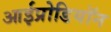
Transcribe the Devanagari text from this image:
आईप्रोडियॉन